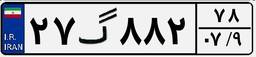
۲۷گ۸۸۲۷۸